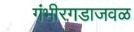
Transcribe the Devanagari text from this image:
गंभीरगडाजवळ